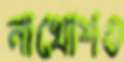
নাখোশও